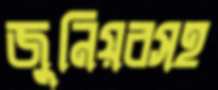
জুনিয়রসহ